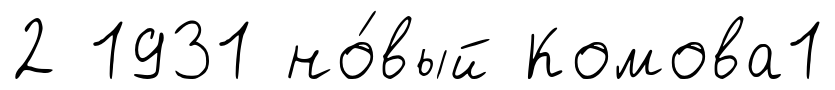
2 1931 но́вый Комова1